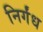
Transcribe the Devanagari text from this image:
निर्गंध